Indian journal of veterinary science and animal husbandry - Volumes 24-25, 1954-1955
Year: 1954
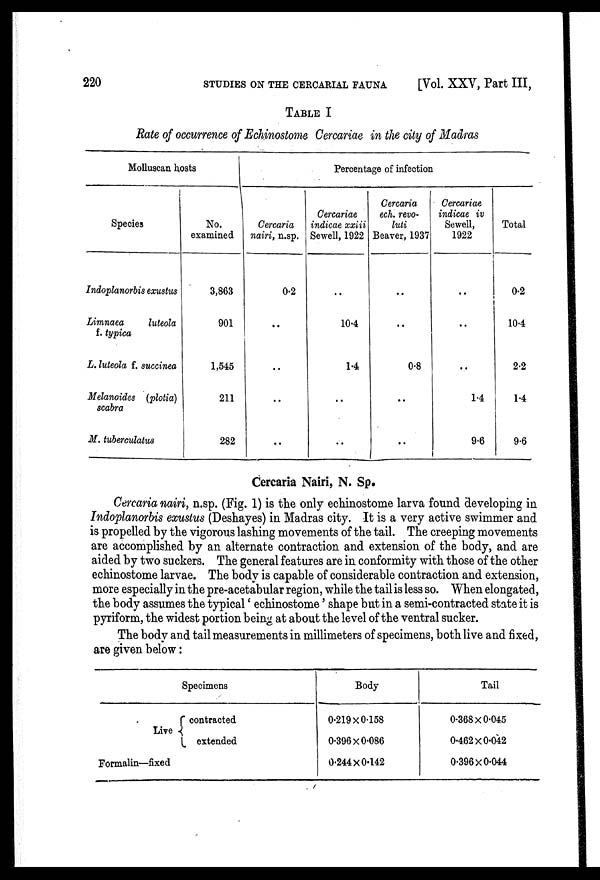
220
STUDIES ON THE CERCARIAL FAUNA
[Vol. XXV, Part III,
TABLE I
Rate of occurrence of Echinostome Cercariae in the city of Madras
Molluscan hosts
Species
Indoplanorbis exustus
Limnaea
luteola
f. typica
L. luteola f. succinea
Melanoides (plotia)
scabra
M. tuberculatus
No.
examined
3,863
901
1,545
211
282
Percentage of infection
Cercaria
nairi, n.sp.
0.2
..
..
..
..
Cercariae
indicae xxiii
Sewell, 1922
..
10.4
1.4
..
..
Cercaria
ech. revoluti
Beaver, 1937
..
..
0.8
..
..
Cercariae
indicae iv
Sewell,
1922
..
..
..
1.4
9.6
Total
0.2
10.4
2.2
1.4
9.6
Cercaria Nairi, N. Sp.
Cercaria nairi, n.sp. (Fig. 1) is the only echinostome larva found developing in
Indoplanorbis exustus (Deshayes) in Madras city. It is a very active swimmer and
is propelled by the vigorous lashing movements of the tail. The creeping movements
are accomplished by an alternate contraction and extension of the body, and are
aided by two suckers. The general features are in conformity with those of the other
echinostome larvae. The body is capable of considerable contraction and extension,
more especially in the pre-acetabular region, while the tail is less so. When elongated,
the body assumes the typical 'echinostome' shape but in a semi-contracted state it is
pyriform, the widest portion being at about the level of the ventral sucker.
The body and tail measurements in millimeters of specimens, both live and fixed,
are given below:
Live
Formalin—fixed
Specimens
contracted
extended
Body
0.219 X 0.158
0.396x0.086
0.244 x 0.142
Tail
0.368x0.045
0.462x0.042
0.396x0.044